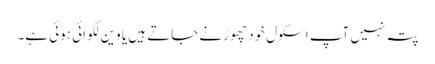
پتہ نہیں آپ اسکول خود چھوڑنے جاتے ہیں یا وین لگوائی ہوئی ہے۔